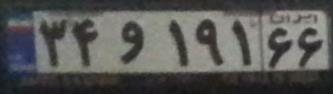
۳۴و۱۹۱۶۶